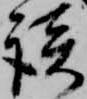
談